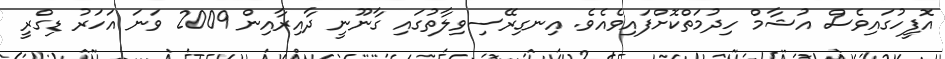
އޮފީހުގައިވެސް އުޝާމް ހިދުމަތްކޮށްފައިވެއެވެ. އިނގިރޭސިވިލާތުގައި ގާނޫނީ ދާއިރާއިން 2009 ވަނަ އަހަރު ޑިގްރީ